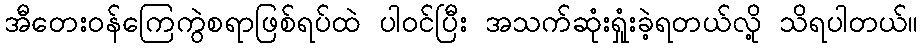
အီတေးဝန်ကြေကွဲစရာဖြစ်ရပ်ထဲ ပါဝင်ပြီး အသက်ဆုံးရှုံးခဲ့ရတယ်လို့ သိရပါတယ်။